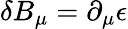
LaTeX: \delta B_{\mu}=\partial_{\mu}\epsilon